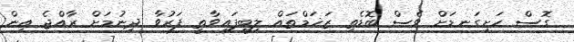
ގޮސް ހަށިގަނޑަށް ވެސް ބޮޑެތި ޒަޚަމްތައް ލިބިފައިވާތީ ފަރުވާ ދިނުމަށް ރާއްޖެ އިން